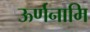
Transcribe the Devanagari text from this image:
ऊर्णनामि